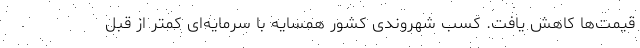
قیمت‌ها کاهش یافت. کسب شهروندی کشور همسایه با سرمایه‌ای کمتر از قبل